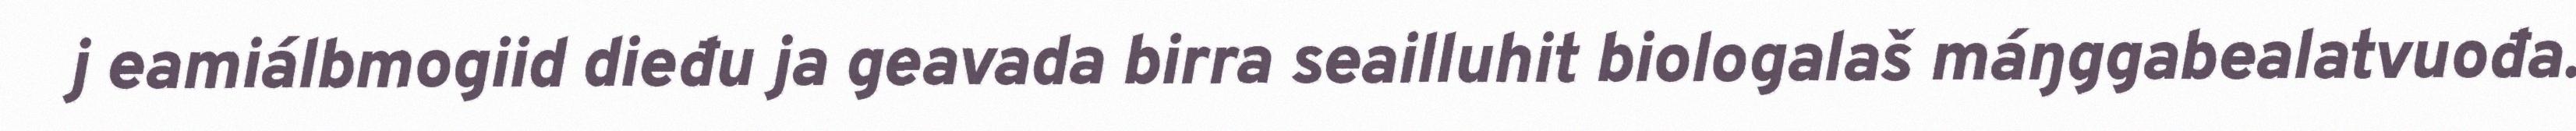
j eamiálbmogiid dieđu ja geavada birra seailluhit biologalaš máŋggabealatvuođa.